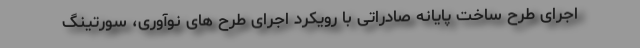
اجرای طرح ساخت پایانه صادراتی با رویکرد اجرای طرح های نوآوری، سورتینگ